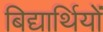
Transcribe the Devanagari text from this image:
बिद्यार्थियों